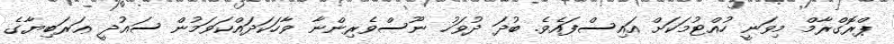
ޕްރޮގްރާމް މިވަނީ ހުއްޓުމަކަށް އައިސްފައެވެ. ބުދަ ދުވަހު ނޫސްވެރިންނާ ވާހަކަދައްކަވަމުން ސައުދީ ޢަރަބިޔާގެ